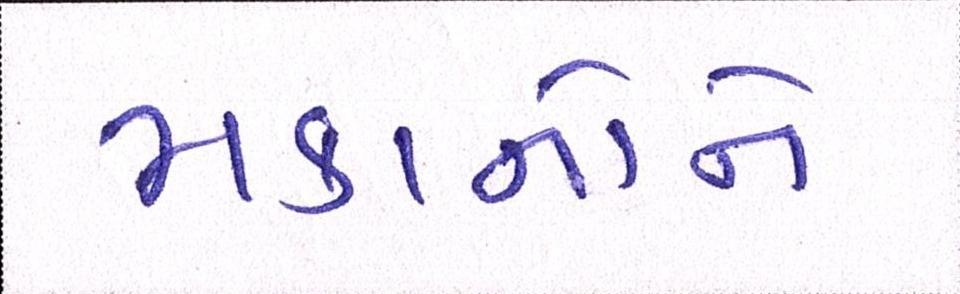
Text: મકાનોને